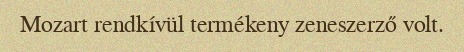
Mozart rendkívül termékeny zeneszerző volt.